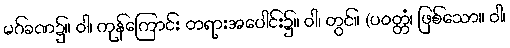
မဂ်ခဏ၌။ ဝါ၊ ကုန်ကြောင်း တရားအပေါင်း၌။ ဝါ၊ တွင်။ (ပဝတ္တံ၊ ဖြစ်သော။ ဝါ၊